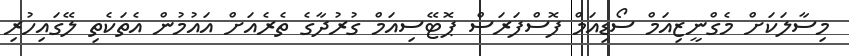
މިސާލަކަށް މެގްނީޒިއަމް ސޯޑިއަމް ފޮސްފަރަސް ޕޮޓޭސިއަމް ގުރުދާގެ ތެރެއަށް އައުމުން އެތަކެތި ލޭގައިހުރި